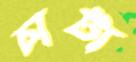
চাটা